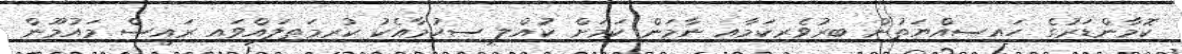
ކޮމާންޑަރުގެ ހައިސިއްޔަތުން ބިރުވެރިކަމާއި ނާމަން ކަމަށް ކުއްލި ސިހުމާއެކު ކުރިމަތިލައްވައި ރައީސް މައުމޫން